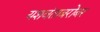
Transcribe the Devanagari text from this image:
यशवंताबरोबर